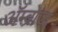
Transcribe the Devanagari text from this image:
अॅम्ब्रोज